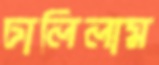
ঢালিলাম